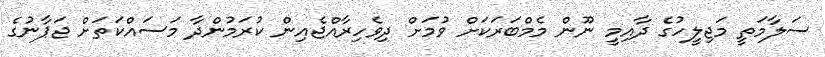
ސަލާމަތީ މަޖިލީހުގެ ދާއިމީ ނޫން މެމްބަރަކަށް ވުމަށް ދިވެހިރާއްޖެއިން ކުރަމުންދާ މަސައްކަތަށް ޖަޕާނުގެ